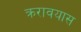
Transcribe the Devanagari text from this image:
क्ररावयास